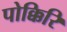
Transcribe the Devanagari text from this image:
पोक्किरि